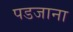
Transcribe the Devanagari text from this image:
पडजाना